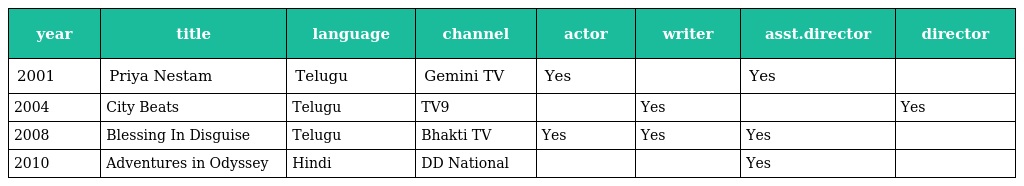
| year | title | language | channel | actor | writer | asst.director | director |
 | --- | --- | --- | --- | --- | --- | --- | --- |
 | 2001 | Priya Nestam | Telugu | Gemini TV | Yes |  | Yes |  |
 | 2004 | City Beats | Telugu | TV9 |  | Yes |  | Yes |
 | 2008 | Blessing In Disguise | Telugu | Bhakti TV | Yes | Yes | Yes |  |
 | 2010 | Adventures in Odyssey | Hindi | DD National |  |  | Yes |  |